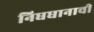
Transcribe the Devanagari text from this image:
निधधानाची